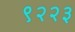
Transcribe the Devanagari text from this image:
९२२३